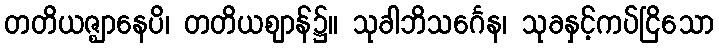
တတိယဇ္ဈာနေပိ၊ တတိယဈာန်၌။ သုခါဘိသင်္ဂေန၊ သုခနှင့်ကပ်ငြိသော